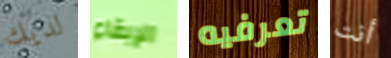
لديك الإبقاء تعرفيه أنت